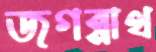
জগন্নাথ